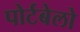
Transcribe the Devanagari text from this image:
पोर्टबेलो